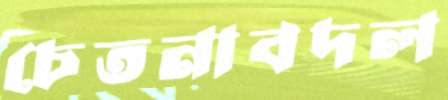
চেতনাবদল